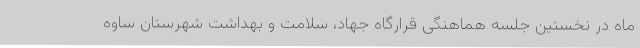
ماه در نخستین جلسه هماهنگی قرارگاه جهاد، سلامت و بهداشت شهرستان ساوه